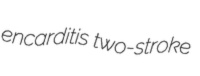
encarditis two-stroke